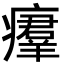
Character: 㿏